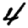
Digit: 4